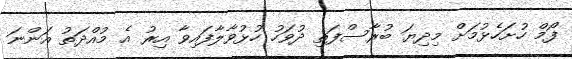
ފޯމް ހުށަހެޅުމަށް މިދިޔަ ބުރާސްފަތި ދުވަހު ހުޅުވާލާފައިވާ އިރު އެ މުއްދަތު އަންނަ